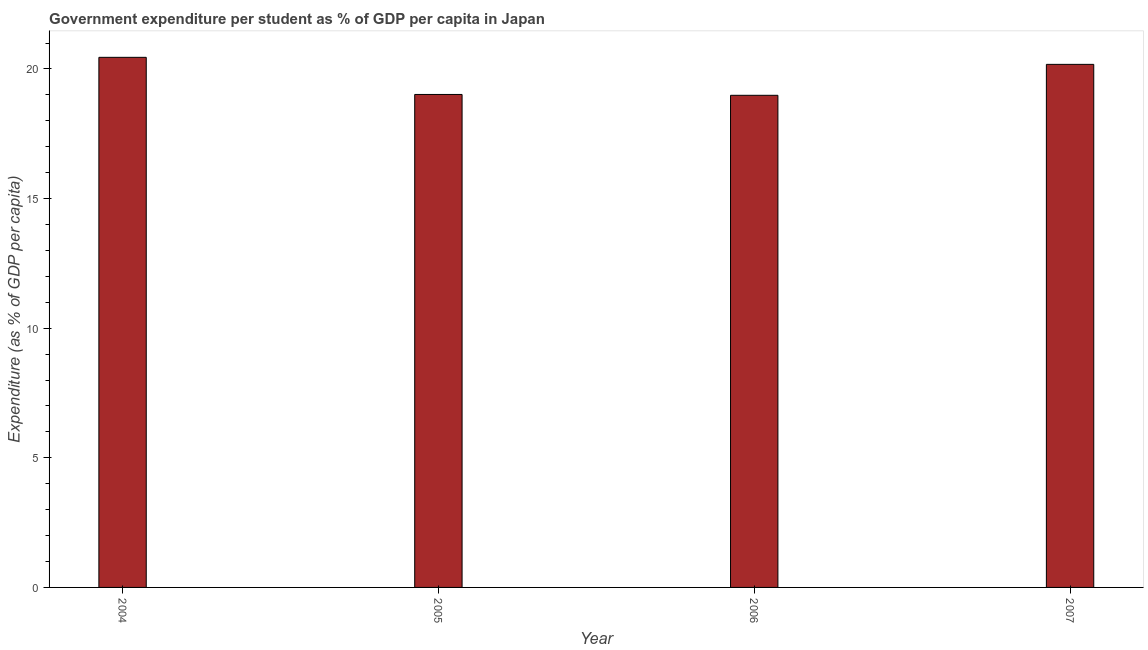
| Year | Government expenditure per tertiary student |
 | --- | --- |
 | 2004 | 20.4 |
 | 2005 | 19 |
 | 2006 | 19 |
 | 2007 | 20.2 |